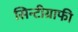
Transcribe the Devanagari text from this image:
सिन्टीग्राफी